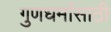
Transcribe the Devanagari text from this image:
गुणधर्मासाठी